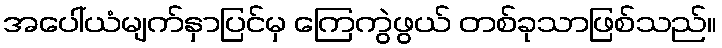
အပေါ်ယံမျက်နှာပြင်မှ ကြေကွဲဖွယ် တစ်ခုသာဖြစ်သည်။